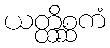
ယတ္ထိစ္ဆကံ